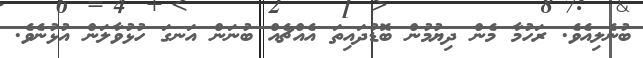
ބުނެލިއެވެ. ރަހުމާ މެން ދިޔުމުން ބޮޑުދައިތަ އެއްޗެއް ބުނަން އަނގަ ހުޅުވާލަން އުޅުނެވެ.